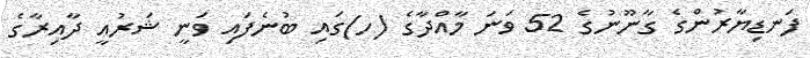
ފަނޑިޔާރުންގެ ގާނޫނުގެ 52 ވަނަ މާއްދާގެ (ހ)ގައި ބުނެފައި ވަނީ ޝަރުއީ ދާއިރާގެ